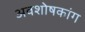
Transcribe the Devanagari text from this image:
अवशोषकांग